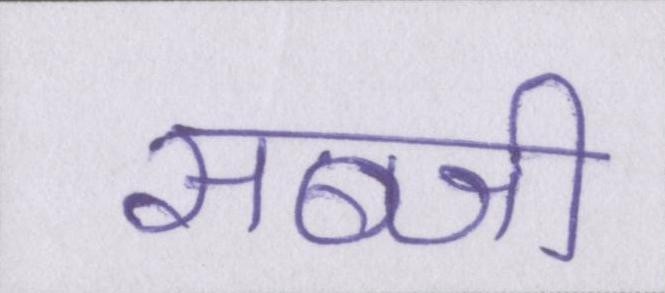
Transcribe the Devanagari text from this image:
सब्जी